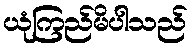
ယုံကြည်မိပါသည်